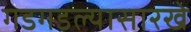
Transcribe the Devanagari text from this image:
गडगडल्यासारखे